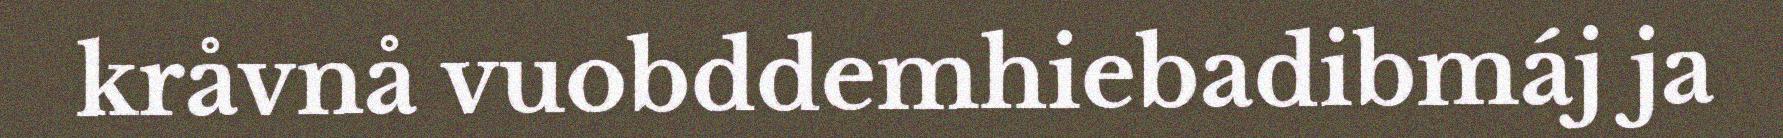
kråvnå vuobddemhiebadibmáj ja